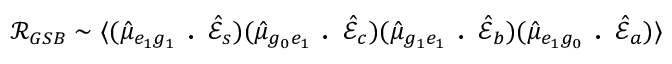
\mathcal { R } _ { G S B } \sim \langle ( \hat { \mu } _ { e _ { 1 } g _ { 1 } } \textbf { . } \hat { \mathcal { E } } _ { s } ) ( \hat { \mu } _ { g _ { 0 } e _ { 1 } } \textbf { . } \hat { \mathcal { E } } _ { c } ) ( \hat { \mu } _ { g _ { 1 } e _ { 1 } } \textbf { . } \hat { \mathcal { E } } _ { b } ) ( \hat { \mu } _ { e _ { 1 } g _ { 0 } } \textbf { . } \hat { \mathcal { E } } _ { a } ) \rangle